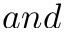
a n d